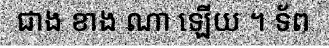
ជាង ខាង ណា ឡើយ ។ ទ័ព